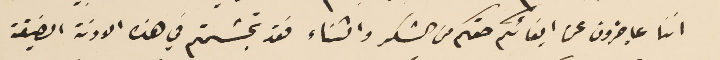
اننا عاجزون عن ايفائكم حقكم من الشكر والثناء فقد تجشمتم في هذه الاونة الضيقة